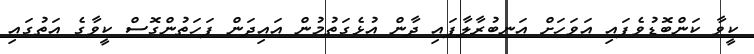
ކީވާ ކަންބޮޑުވެފައި އަވަހަށް އަނބުރާލާފައި ދާން އުޅެގަތުމުން އައިދަން ފަހަތުންގޮސް ކީވާގެ އަތުގައި